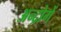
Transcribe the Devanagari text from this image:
अन्द्रोगें